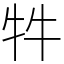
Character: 牪